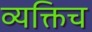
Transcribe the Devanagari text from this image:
व्यक्तिच